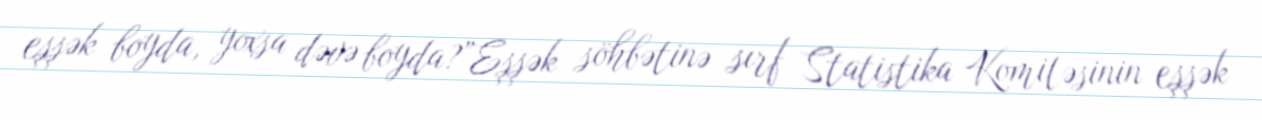
eşşək boyda, yoxsa dəvə boyda?”Eşşək söhbətinə sırf Statistika Komitəsinin eşşək